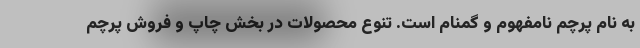
به نام پرچم نامفهوم و گمنام است. تنوع محصولات در بخش چاپ و فروش پرچم